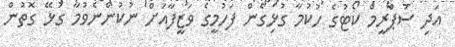
އަދި ސުޕްރީމް ކޯޓުގެ ހުކުމާ ގުޅިގެން ފަހުމީގެ ވަޒީފާއަށް ނުކުންނެވުމާ ގުޅޭ ގޮތުން